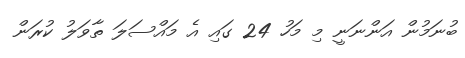
ބުނަމުން އަންނަނީ މި މަހު 24 ގައި އެ މައްސަލަަ ތާވަލު ކުރަން